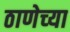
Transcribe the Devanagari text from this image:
ठाणेच्‍या